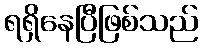
ရရှိနေပြီဖြစ်သည်